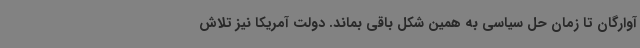
آوارگان تا زمان حل سیاسی به همین شکل باقی بماند. دولت آمریکا نیز تلاش